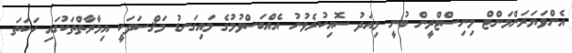
އެންވަޔަރަންމަންޓް މިނިސްޓްރީން ބުނީ މިއަދު ސޮއިކުރެވުނު އެއްބަސްވުމުގެ މައިގަނޑު މަޤްސަދަކީ އިމާރާތްތަކުގައި ހަކަތަ